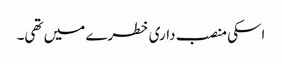
اسکی منصب داری خطرے میں تھی۔